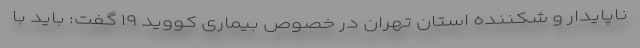
ناپایدار و شکننده استان تهران در خصوص بیماری کووید ۱۹ گفت: باید با